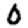
Digit: 0